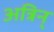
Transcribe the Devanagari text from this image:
अत्रिन्